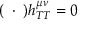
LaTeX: ( \mathbf { \partial } \cdot \mathbf { \partial } ) h _ { T T } ^ { \mu \nu } = 0